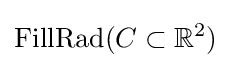
\mathrm {FillRad} (C\subset \mathbb {R} ^{2})